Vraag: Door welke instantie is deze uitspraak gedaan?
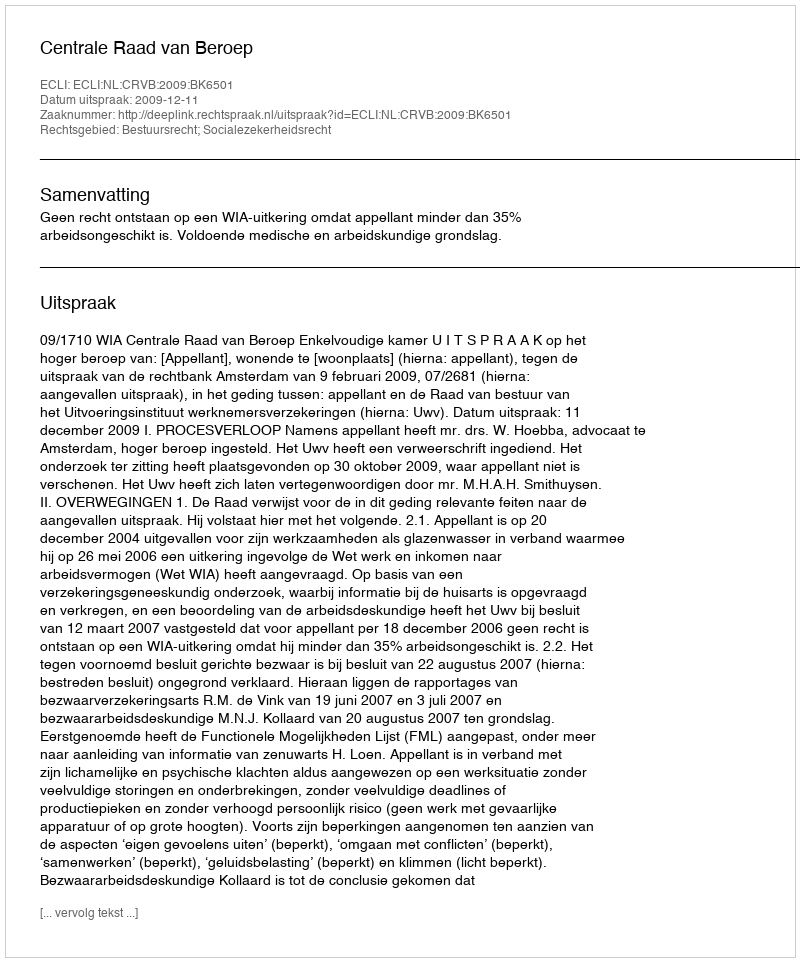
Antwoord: Centrale Raad van Beroep